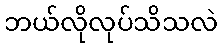
ဘယ်လိုလုပ်သိသလဲ